Lunatic asylums Burma 1907-21 - 1907-1921
Year: 1907
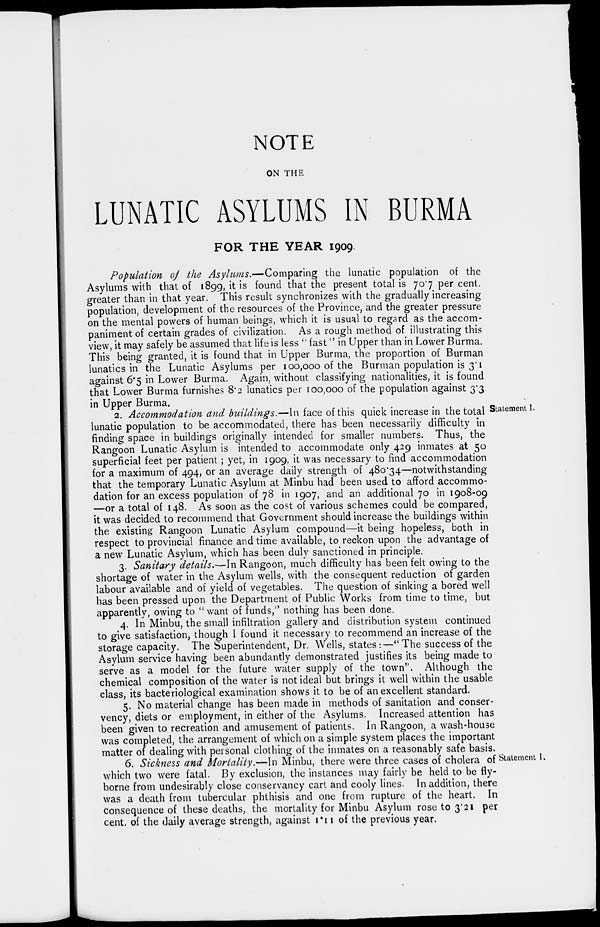
NOTE
ON THE
LUNATIC ASYLUMS IN BURMA
FOR THE YEAR 1909.
Population of the Asylums.—Comparing the lunatic population of the
Asylums with that of 1899, it is found that the present total is 70.7 per cent.
greater than in that year. This result synchronizes with the gradually increasing
population, development of the resources of the Province, and the greater pressure
on the mental powers of human beings, which it is usual to regard as the accom-
paniment of certain grades of civilization. As a rough method of illustrating this
view, it may safely be assumed that life is less "fast" in Upper than in Lower Burma.
This being granted, it is found that in Upper Burma, the proportion of Burman
lunatics in the Lunatic Asylums per 100,000 of the Burman population is 3.1
against 6.5 in Lower Burma. Again, without classifying nationalities, it is found
that Lower Burma furnishes 8.2 lunatics per 100,000 of the population against 3.3
in Upper Burma.
Statement I.
2. Accommodation and buildings.—In face of this quick increase in the total
lunatic population to be accommodated, there has been necessarily difficulty in
finding space in buildings originally intended for smaller numbers. Thus, the
Rangoon Lunatic Asylum is intended to accommodate only 429 inmates at 50
superficial feet per patient ; yet, in 1909, it was necessary to find accommodation
for a maximum of 494, or an average daily strength of 480.34—notwithstanding
that the temporary Lunatic Asylum at Minbu had been used to afford accommo-
dation for an excess population of 78 in 1907, and an additional 70 in 1908-09
—or a total of 148. As soon as the cost of various schemes could be compared,
it was decided to recommend that Government should increase the buildings within
the existing Rangoon Lunatic Asylum compound—it being hopeless, both in
respect to provincial finance and time available, to reckon upon the advantage of
a new Lunatic Asylum, which has been duly sanctioned in principle.
3. Sanitary details.—In Rangoon, much difficulty has been felt owing to the
shortage of water in the Asylum wells, with the consequent reduction of garden
labour available and of yield of vegetables. The question of sinking a bored well
has been pressed upon the Department of Public Works from time to time, but
apparently, owing to "want of funds," nothing has been done.
4. In Minbu, the small infiltration gallery and distribution system continued
to give satisfaction, though I found it necessary to recommend an increase of the
storage capacity. The Superintendent, Dr. Wells, states :—" The success of the
Asylum service having been abundantly demonstrated justifies its being made to
serve as a model for the future water supply of the town". Although the
chemical composition of the water is not ideal but brings it well within the usable
class, its bacteriological examination shows it to be of an excellent standard.
5. No material change has been made in methods of sanitation and conser-
vency, diets or employment, in either of the Asylums. Increased attention has
been given to recreation and amusement of patients. In Rangoon, a wash-house
was completed, the arrangement of which on a simple system places the important
matter of dealing with personal clothing of the inmates on a reasonably safe basis.
Statement I.
6. Sickness and Mortality.—In Minbu, there were three cases of cholera of
which two were fatal. By exclusion, the instances may fairly be held to be fly-
borne from undesirably close conservancy cart and cooly lines. In addition, there
was a death from tubercular phthisis and one from rupture of the heart. In
consequence of these deaths, the mortality for Minbu Asylum rose to 3.21 per
cent. of the daily average strength, against 1.11 of the previous year.